Civil Veterinary Dept. Bombay admin report 1923-31 - 1923-1931
Year: 1923
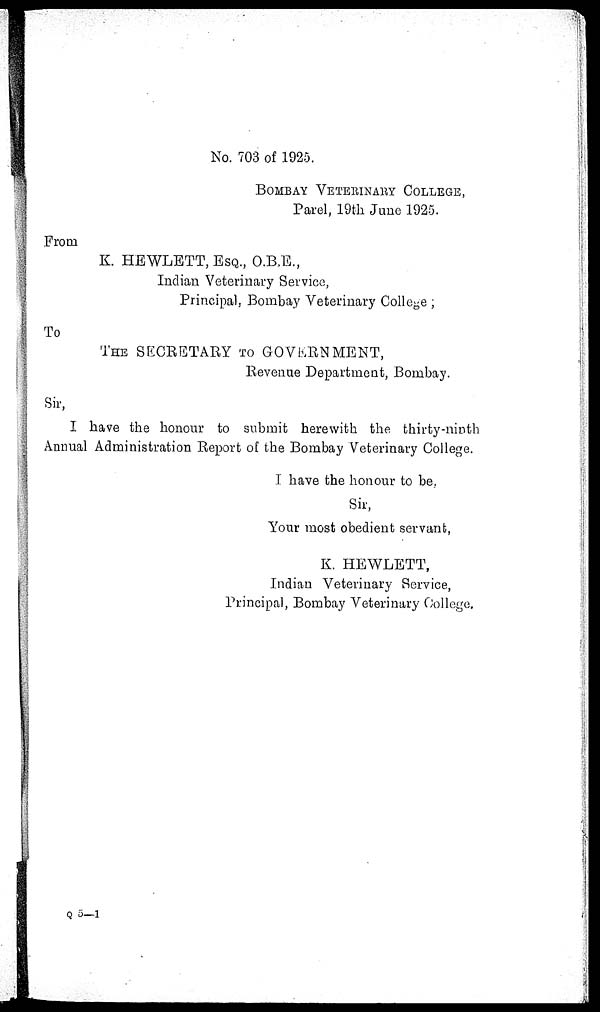
No. 703 of 1925.
BOMBAY VETERINARY COLLEGE,
Parel, 19th June 1925.
From
K. HEWLETT, ESQ., O.B.E.,
Indian Veterinary Service,
Principal, Bombay Veterinary College ;
To
THE SECRETARY TO GOVERNMENT,
Revenue Department, Bombay.
Sir,
I have the honour to submit herewith the thirty-ninth
Annual Administration Report of the Bombay Veterinary College.
I have the honour to be,
Sir,
Your most obedient servant,
K. HEWLETT,
Indian Veterinary Service,
Principal, Bombay Veterinary College.
Q 5—1